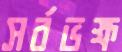
সর্বভক্ষ